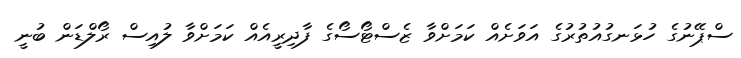
ސްޕޭނުގެ ހުޅަނގުއުތުރުގެ އަވަށެއް ކަމަށްވާ ޒެސްޓޯސޯގެ ފާދިރީއެއް ކަމަށްވާ ލުއިސް ރޯލްޑަން ބުނީ